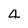
Character: 4